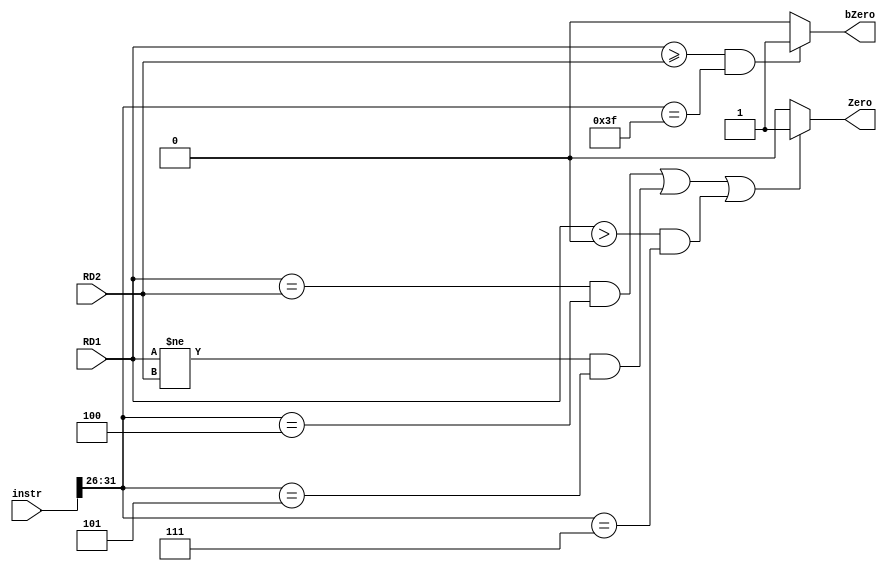
`timescale 1ns / 1ps
//////////////////////////////////////////////////////////////////////////////////
// Company: 
// Engineer: 
// 
// Design Name: 
// Module Name:    CMP 
// Project Name: 
// Target Devices: 
// Tool versions: 
// Description: 
//
// Dependencies: 
//
// Revision: 
// Revision 0.01 - File Created
// Additional Comments: 
//
//////////////////////////////////////////////////////////////////////////////////
module CMP(RD1,RD2,instr,Zero,bZero 
    );
	 input [31:0] RD1;
	 input [31:0] RD2;
	 input [31:0] instr;
	 output Zero;
	 output bZero; ///////////////////////////
	 assign Zero=((RD1==RD2)&&(instr[31:26]==6'b000100))||((RD1!=RD2)&&(instr[31:26]==6'b000101))||(($signed(RD1)>0)&&(instr[31:26]==6'b000111))?1:0;
	 assign bZero=((($signed(RD1))>=($signed(RD2)))&&(instr[31:26]==6'b111111))?1:0; ///////////////
endmodule